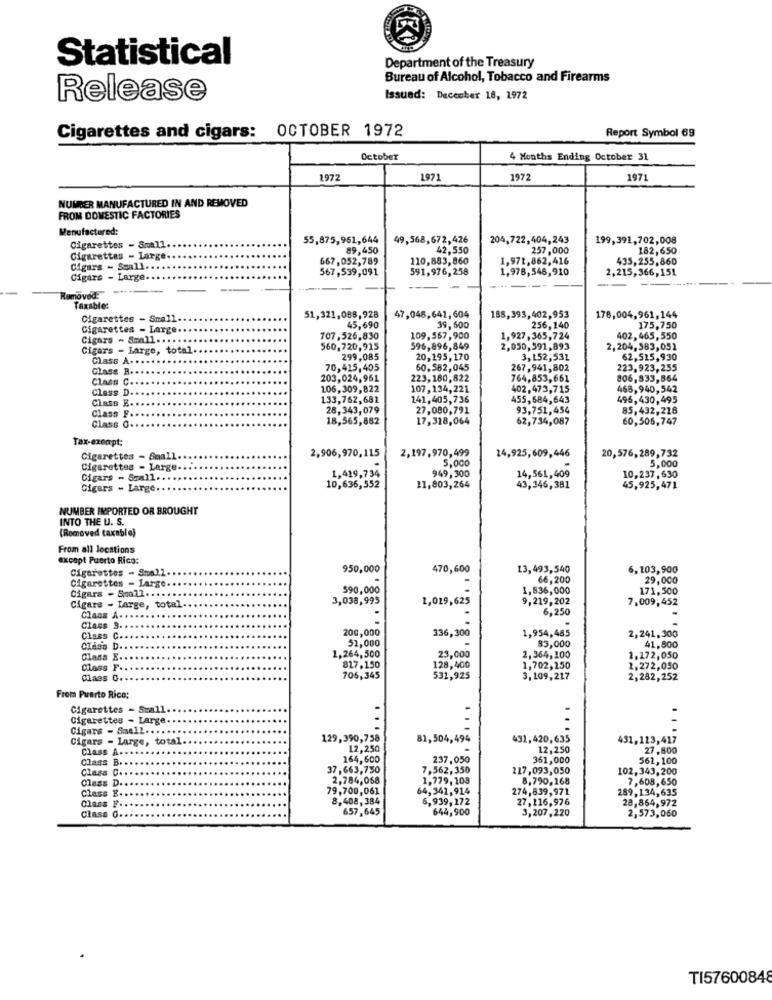
Statistical
Department of the Treasury
Bureau of Alcohol, Tobacco and Firearms
Release
Issued: December 18, 1972
Cigarettes and cigars: OCTOBER 1972
Report Symbol 69
October
4 Months Ending October 31
1972
1971
1972
1971
NUMBER MANUFACTURED IN AND REMOVED
FROM DOMESTIC FACTORIES
Manufactured:
55,875,951,644
49,568,672,426
204,722,404,243
199,391,702,008
Cigarettes - Small
89,450
42,550
257,000
182,650
Cigarettes - Large
667,052,789
110,883,860
1,971,862,416
435,255,860
Cigars - Small ......
567,539,091
591,976,258
1,978,546,910
2,215,366,151
Cigars - Large ..
-
--
-
Removed:
Taxable:
Cigarettes - Small ..
...
51,321,088,928
47,045,641, 604
188,393,402,953
178,004,961,144
175,750
Cigarettes - Large ..
45,690
39,600
256,140
Cigars - Small .... ....
707,526,830
109,567,900
1,927,365,724
402, 465, 550
Cigars - Large, total ..
560,720,915
596,896,849
2,050,591,893
2,204,383,051
Class A ....
299,085
20,195,170
3,152,531
62,515,930
Class B ...
70,415,405
60.582,045
267,941,802
223,923,255
Class C ..
.........
203,024,961
223,180,822
764,853,661
806,833,864
Class D ..
......
106,309,822
107,134,221
402,473,715
468,940,542
Class E ..
....
133,762,681
141,405,736
455,684,643
496,430,495
Class F ...
28,343,079
27,080,791
93,751,454
85,432,218
....
.....
18,565,882
17,318,064
62,734,087
60,506,747
Class O ..
Tax-exempt:
Cigarettes - Small.
2,906,970,115
2,197,970,499
24,925,609,446
20,576,289,732
5,000
Cigarettes - Large ....
1,419,734
5,000
Cigars - Small .......
949,300
14,561,409
10,237,630
Cigars - Large .. ..
10,636,552
11,803,264
43,346,381
45,925,471
NUMBER IMPORTED OR BROUGHT
INTO THE U. S.
(Romoved taxable)
From all locations
excapt Puerto Rico:
950,000
470,600
13,493,540
6,103,900
Cigarettes - Small ....
Cigarettes - Large ....
66,200
29,000
Cigars - Sa72. ...
590,000
1,836,000
171,500
3,038,995
1,019,625
9,219,202
7,009,452
Cigare - Large, total.
6,250
Class A ..
Class 3 ..
200,000
336,300
1,954,485
Class C ..
2,241,300
CIAss D ..
51,000
83,000
41,800
Class E ..
1,264,500
23,000
2,364,100
1,172,050
Class F ..
817.150
128,400
1,702,150
2,272,050
Class C ..
706,345
531,925
3,109,217
2,282,252
From Puerto Rico:
Cigarettes - Small.
Cigarettes - Large ....
-
Cigars - Saell ....
Cigars - Large, total.
129,390,758
81,504,494
431,420,635
431,123,417
Class A.
12,250
12,250
27,800
Class B ..
164,600
237,050
361,000
561,100
Class C ...
37,663,750
7,562,350
227,093,050
102,343,200
Class D ..
2,784,068
1,779,103
8,790,168
7,608,650
Class E ..
79,700,061
64,341,914
274,839,971
289,134,635
Class F ...
8,408,384
6,939,272
27,116,976
28,864,972
657,645
644,900
3,207,220
Clase O ..
2,573,060
TI57600848